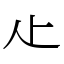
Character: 龰